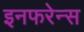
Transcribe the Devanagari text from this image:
इनफरेन्स